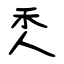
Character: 秂